Vaccination North-Western Provinces and Oudh 1896-1901 - 1896-1901
Year: 1896
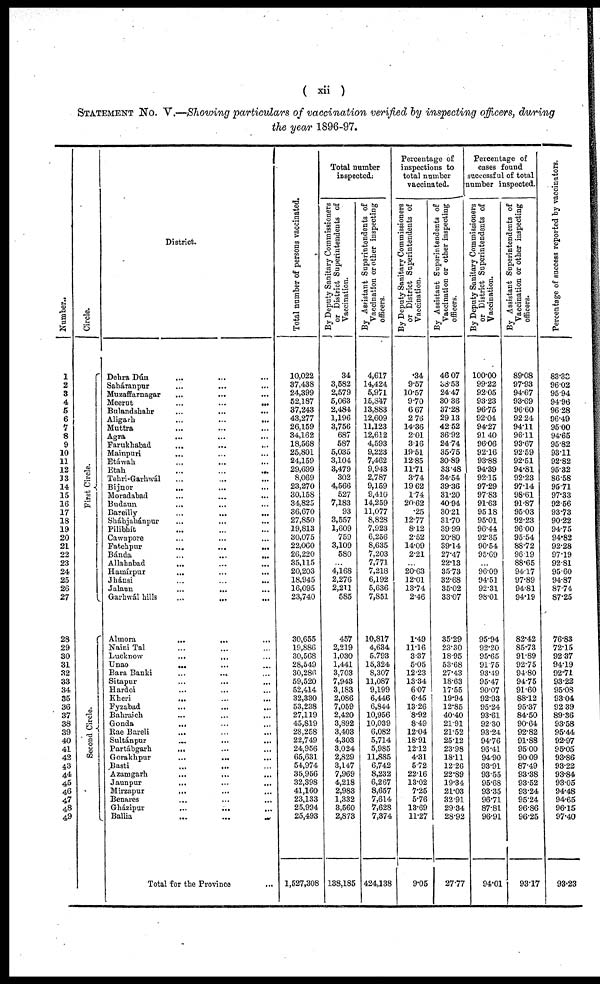
( xii )
STATEMENT No. V.—Showing particulars of vaccination verified by inspecting officers, during
the year 1896-97.
Number.
1
2
3
4
5
6
7
8
9
10
11
12
13
14
15
16
17
18
19
20
21
22
23
24
25
26
27
28
29
30
31
32
33
34
35
36
37
38
39
40
41
42
43
44
45
46
47
48
49
Circle.
First Circle.
Second Circle.
District.
Dehra Dún ... ... ...
Saháranpur ... ... ...
Muzaffarnagar ... ... ...
Meerut ... ... ...
Bulandshahr
...
...
...
Aligarh
...
...
...
Muttra ... ... ...
Agra ... ... ...
Farukhabad ... ... ...
Mainpuri ... ... ...
Etáwah ... ... ...
Etah
...
...
...
Tehri-Garhwál ... ... ...
Bijnor ... ... ...
Moradabad ... ... ...
Budaun ... ... ...
Bareilly ... ... ...
Sháhjahánpur ... ... ...
Pilibhít ... ... ...
Cawnpore ... ... ...
Fatehpur
...
...
...
Bánda
...
...
...
Allahabad ... ... ...
Hamírpur ... ... ...
Jhánsi
...
...
...
Jalaun ... ... ...
Garhwál hills
...
...
...
Almora
...
...
...
Naini Tal ... ... ...
Lucknow ... ... ...
Unao
...
...
...
Bara Banki
...
...
...
Sitapur ... ... ...
Hardoi ... ... ...
Kheri ... ... ...
Fyzabad ... ... ...
Bahraich
...
...
...
Gonda ... ... ...
Rae Bareli ... ... ...
Sultánpur ... ... ...
Partábgarh ... ... ...
Gorakhpur
...
...
...
Basti
...
...
...
Azamgarh ... ... ...
Jaunpur ... ... ...
Mirzapur ... ... ...
Benares ... ... ...
Gházipur ... ... ...
Ballia ... ... ...
Total for the Province
...
Total number of persons vaccinated.
10,022
37,438
24,399
52,187
37,243
43,277
26,159
34,162
18,568
25,801
24,159
29,699
8,069
23,270
30,158
34,825
36,670
27,850
19,813
30,075
22,060
26,220
35,115
20,203
18,945
16,095
23,740
30,655
19,886
30,568
28,549
30,286
59,520
52,414
32,330
53,238
27,119
45,819
28,258
22,749
24,956
65,631
54,974
35,956
32,398
41,160
23,133
25,994
25,493
1,527,308
Total number
inspected.
By Deputy Sanitary Commissioners
or District Superintendents of
Vaccination.
34
3,582
2,579
5,063
2,484
1,196
3,756
687
587
5,035
3,104
3,479
302
4,566
527
7,183
93
3,557
1,609
759
3,109
580
...
4,168
2,276
2,211
585
457
2,219
1,030
1,441
3,703
7,943
3,183
2,086
7,059
2,420
3,892
3,403
4,303
3,024
2,829
3,147
7,969
4,218
2,983
1,332
3,560
2,873
138,185
By Assistant Superintendents of
Vaccination or other inspecting
officers.
4,617
14,424
5,971
15,847
13,883
12,609
11,123
12,612
4,593
9,223
7,462
9,943
2,787
9,159
9,410
14,259
11,077
8,828
7,923
6,256
8,635
7,203
7,771
7,218
6,192
5,636
7,851
10,817
4,634
5,793
15,324
8,307
11,087
9,199
6,446
6,844
10,956
10,039
6,082
5,714
5,985
11,885
6,742
8,232
6,267
8,657
7,614
7,628
7,374
424,138
Percentage of
inspections to
total number
vaccinated.
By Deputy Sanitary Commissioners
or District Superintendents of
Vaccination.
.34
9.57
10.57
9.70
6.67
2.76
14.36
2.01
3.16
19.51
12.85
11.71
3.74
19.62
1.74
20.62
.25
12.77
8.12
2.52
14.09
2.21
...
20.63
12.01
13.74
2.46
1.49
11.16
3.37
5.05
12.23
13.34
6.07
6.45
13.26
8.92
8.49
12.04
18.91
12.12
4.31
5.72
22.16
13.02
7.25
5.76
13.69
11.27
9.05
By Assistant Superintendents of
Vaccination or other inspecting
officers.
46.07
38.53
24.47
30.36
37.28
29.13
42.52
36.92
24.74
35.75
30.89
33.48
34.54
39.36
31.20
40.94
30.21
31.70
39.99
20.80
39.14
27.47
22.13
35.73
32.68
35.02
33.07
35.29
23.30
18.95
53.68
27.43
18.63
17.55
19.94
12.85
40.40
21.91
21.52
25.12
23.98
18.11
12.26
22.89
19.34
21.03
32.91
29.34
28.92
27.77
Percentage of
cases found
successful of total
number inspected.
By Deputy Sanitary Commissioners
or District Superintendents of
Vaccination.
100.00
99.22
92.05
93.23
96.75
92.04
94.27
91.40
96.06
92.16
93.88
94.39
92.15
97.29
97.83
91.63
95.18
95.01
96.44
92.35
90.54
95.69
...
96.09
94.51
92.31
98.01
95.94
92.20
95.65
91.75
93.49
95.47
90.07
92.93
95.24
93.61
92.30
93.24
94.76
96.41
94.90
93.91
93.55
95.68
93.35
96.71
87.81
96.91
94.01
By Assistant Superintendents of
Vaccination or other inspecting
officers.
89.08
97.93
94.67
93.69
96.60
92.24
94.11
96.11
93.67
92.59
92.51
94.81
92.23
97.14
98.61
91.87
95.03
92.23
96.00
95.54
88.72
96.19
88.65
94.17
97.89
94.81
94.19
82.42
85.73
91.89
92.75
94.80
94.75
91.60
88.12
95.37
84.50
90.64
92.82
91.88
95.00
90.09
87.49
93.38
93.52
93.24
95.24
96.86
96.25
93.17
Percentage of success reported by vaccinators.
83.33
96.02
95.94
94.96
96.28
96.49
95.00
94.65
95.82
93.11
92.82
95.32
86.58
95.71
97.33
92.56
93.73
90.22
94.75
94.82
92.28
97.19
92.81
95.60
94.87
87.74
87.25
76.83
72.15
92.37
94.19
92.71
93.22
95.08
93.04
92.39
89.36
93.58
95.44
92.97
95.05
93.86
93.22
93.84
93.05
94.48
94.65
96.15
97.40
93.23